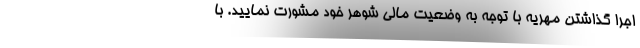
اجرا گذاشتن مهریه با توجه به وضعیت مالی شوهر خود مشورت نمایید. با